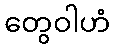
တွေဝါဟံ